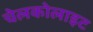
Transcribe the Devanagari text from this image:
चेलकोलाइट